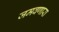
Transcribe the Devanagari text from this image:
जमवणारा